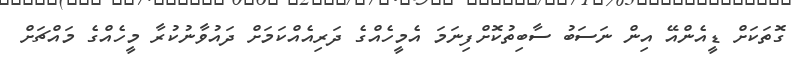
ގޮތަކަށް ޑީއެންއޭ އިން ނަސަބު ސާބިތުކޮށްފިނަމަ އެމީހެއްގެ ދަރިއެއްކަމަށް ދައުވާނުކުރާ މީހެއްގެ މައްޗަށް